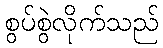
စွပ်စွဲလိုက်သည်